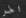
اخر